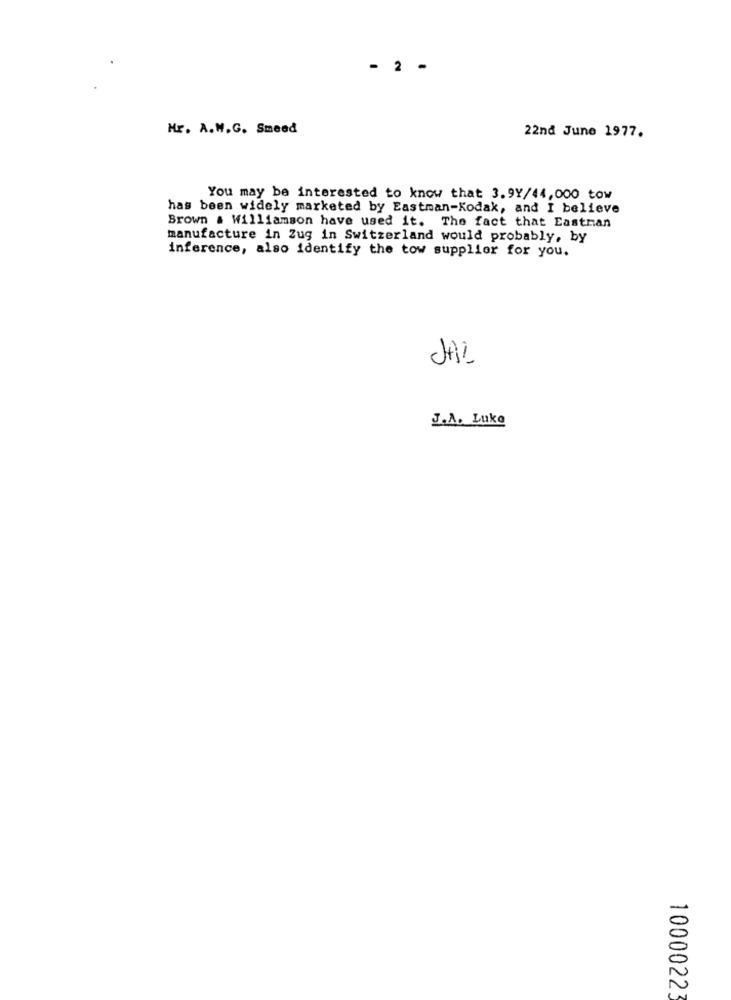
- 2 -
Mr. A.W.G. Smeed
22nd June 1977.
You may be interested to know that 3.9Y/44,000 tow
has been widely marketed by Eastman-Kodak, and I believe
Brown . Williamson have used it. The fact that Eastman
manufacture in Zug in Switzerland would probably, by
inference, also identify the tow supplier for you.
JAL
J.A. Luke
10000223